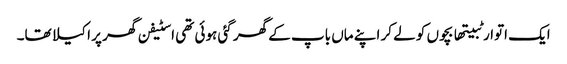
ایک اتوار ٹبیتھا بچوں کو لے کر اپنے ماں باپ کے گھر گئی ہوئی تھی اسٹیفن گھر پر اکیلا تھا۔